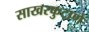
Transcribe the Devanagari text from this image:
साखरफुटाणे